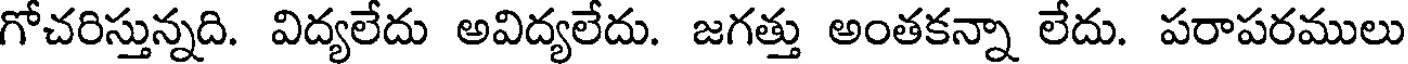
గోచరిస్తున్నది. విద్యలేదు అవిద్యలేదు. జగత్తు అంతకన్నా లేదు. పరాపరములు